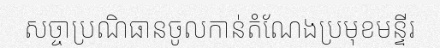
សច្ចាប្រណិធានចូលកាន់តំណែងប្រមុខមន្ទីរ